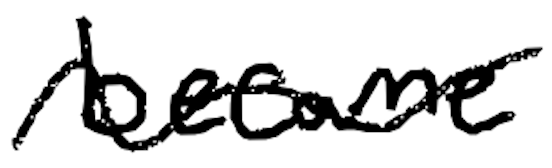
Text: became
Cross-out: wave
Writing tool: digital_black